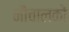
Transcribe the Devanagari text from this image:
नौचालकों